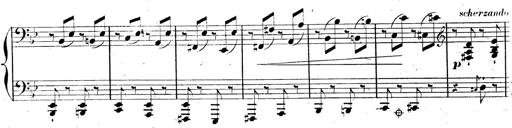
Title: AnnÃ©es de pÃ¨lerinage II, SupplÃ©ment
Composer: Franz Liszt